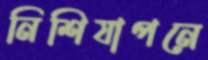
নিশিযাপনে